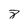
Character: 8